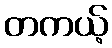
တကယ့်